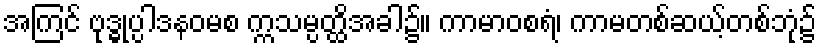
အကြင် ဗုဒ္ဓုပ္ပါဒနဝမစ က္ကသမ္ပတ္ထိအခါ၌။ ကာမာဝစရံ၊ ကာမတစ်ဆယ့်တစ်ဘုံ၌